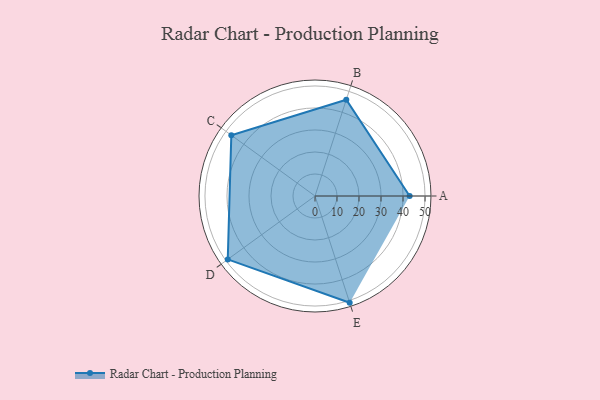
{"axis": {"x": "Skill", "y": "Score"}, "legend": ["Profile"], "data": [{"x": "A", "y": 43.0, "type": "Profile"}, {"x": "B", "y": 46.0, "type": "Profile"}, {"x": "C", "y": 47.0, "type": "Profile"}, {"x": "D", "y": 49.0, "type": "Profile"}, {"x": "E", "y": 51.0, "type": "Profile"}]}